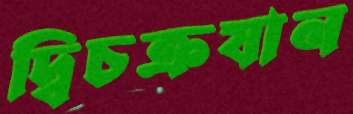
দ্বিচক্রযান